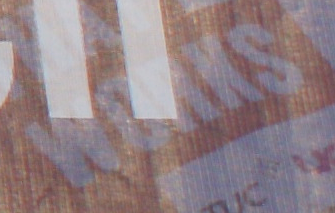
WORKS